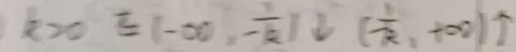
k > 0 E ( - \infty , - \frac { 1 } { k } ) \downarrow ( - \frac { 1 } { k } , - \infty ) \uparrow